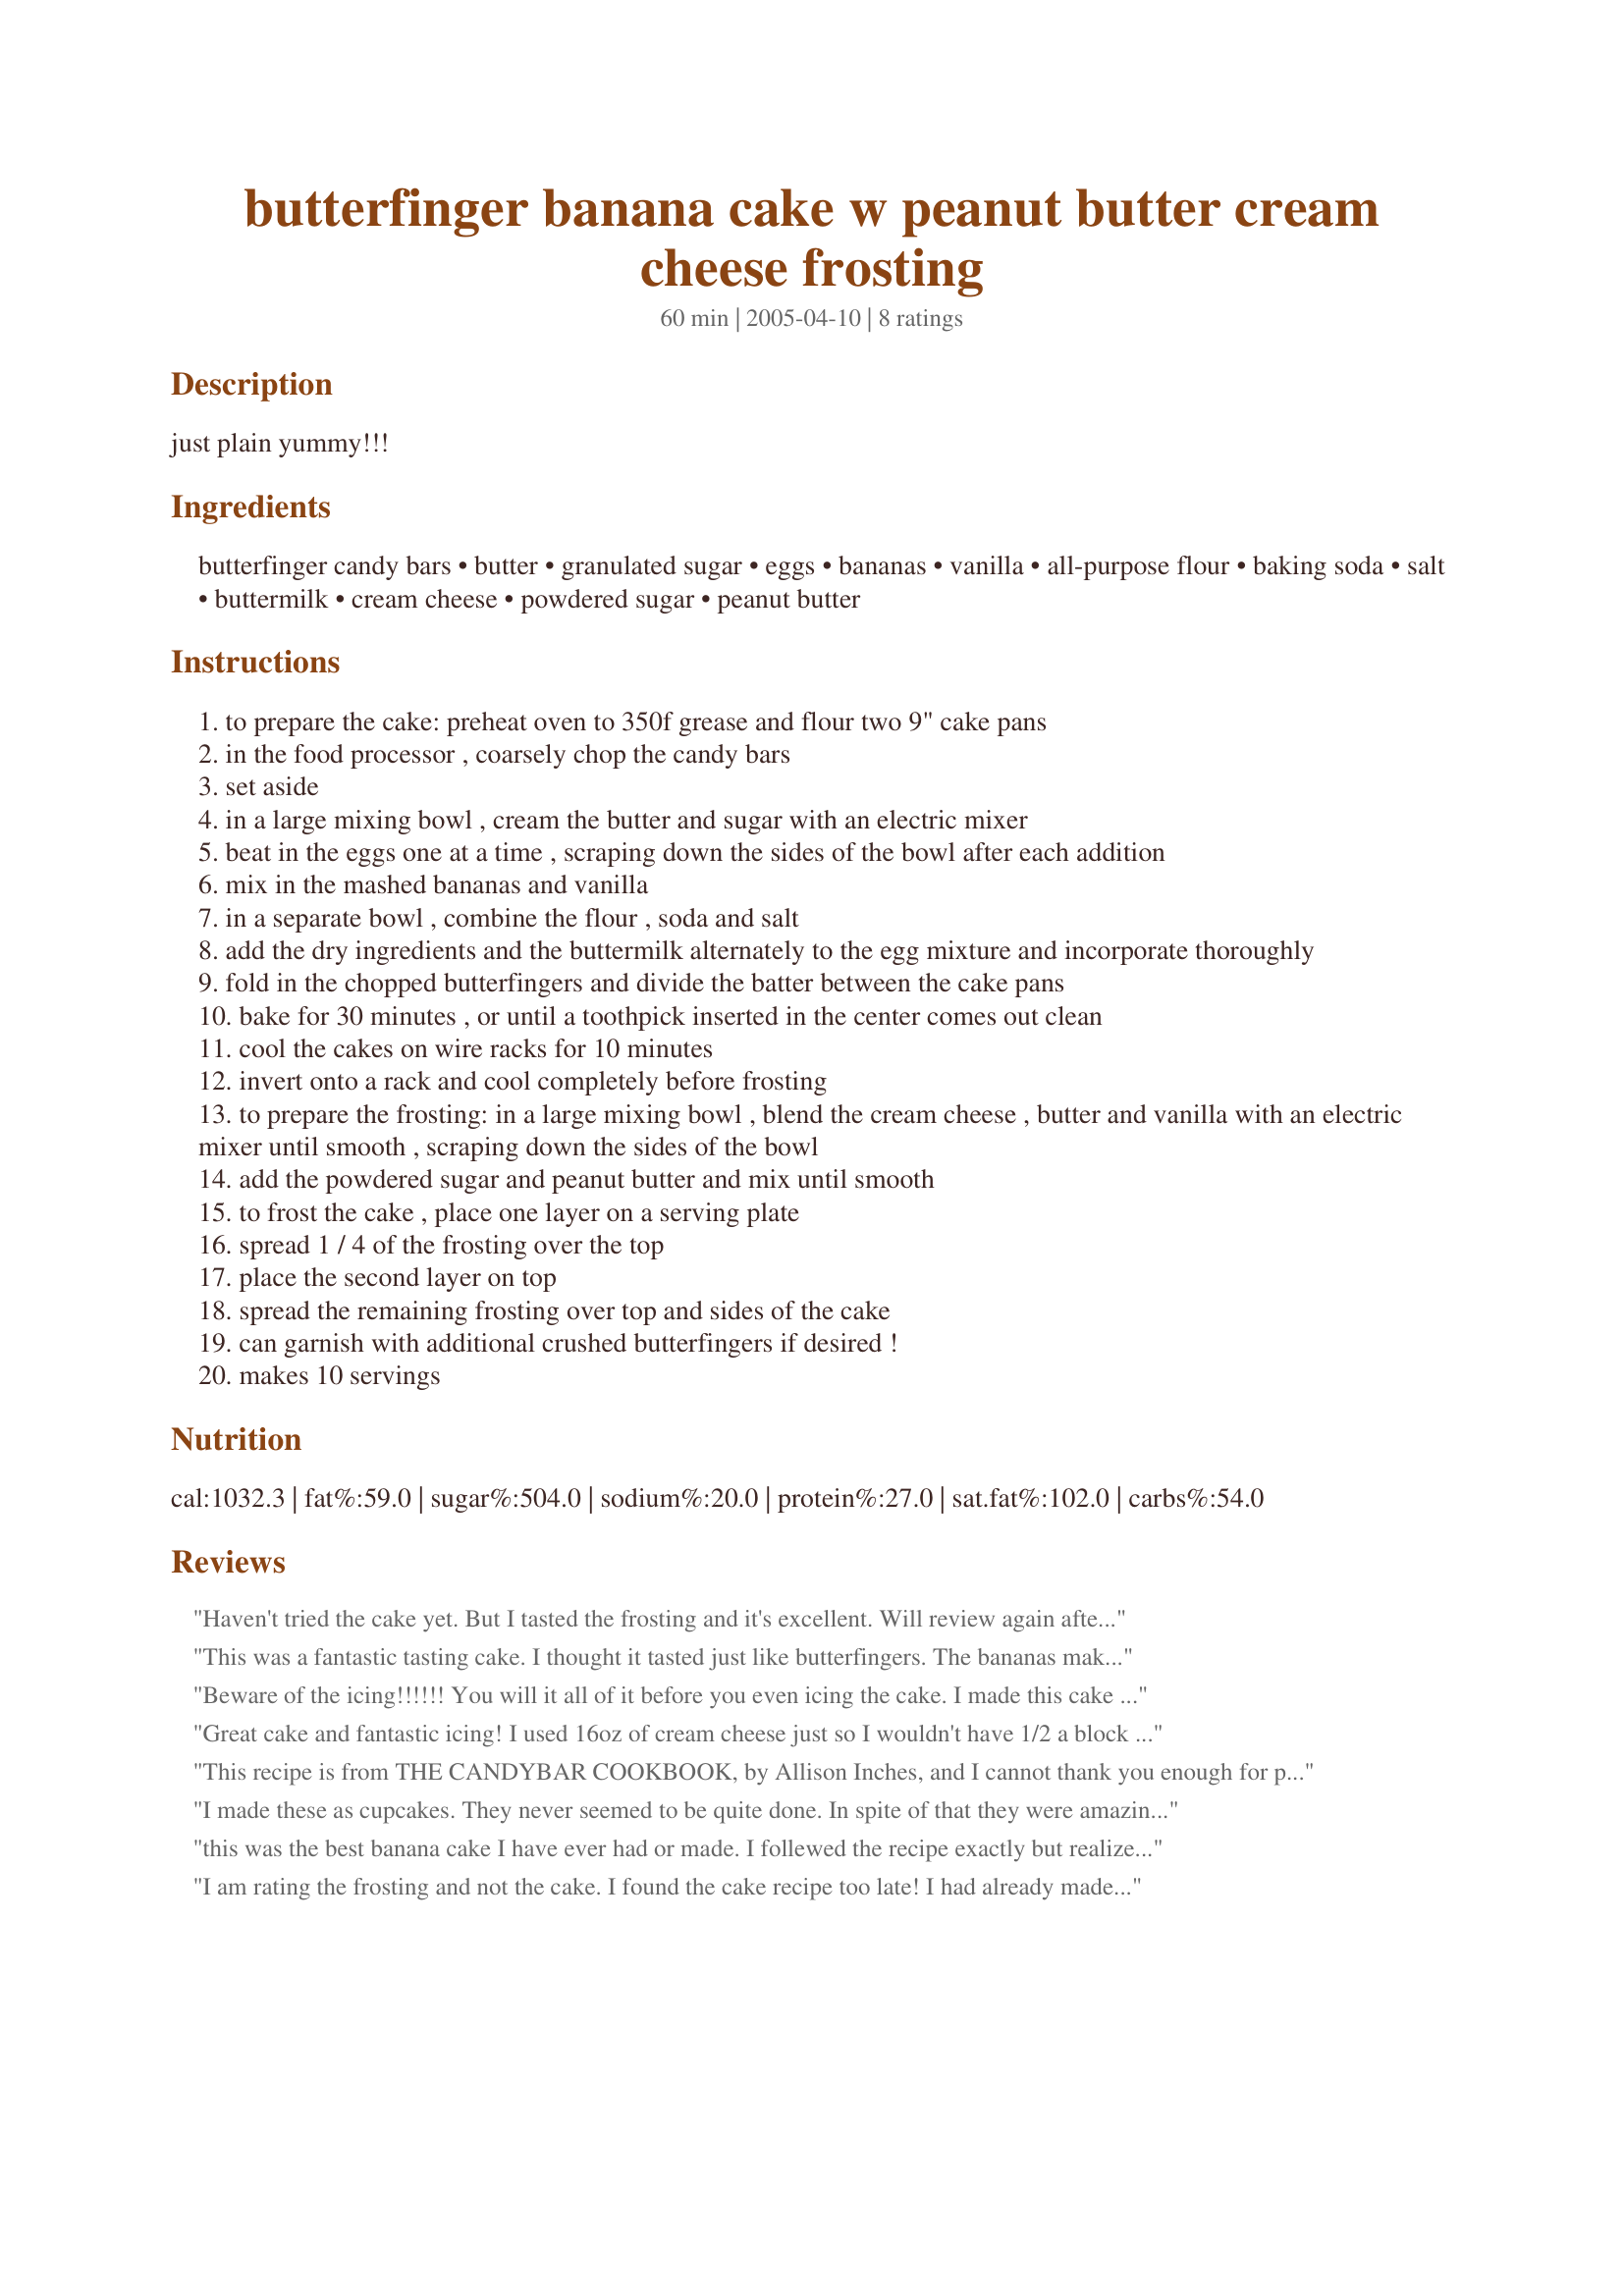
butterfinger banana cake w peanut butter cream cheese frosting
Preparation time: 60 minutes

just plain yummy!!!

Ingredients:
butterfinger candy bars, butter, granulated sugar, eggs, bananas, vanilla, all-purpose flour, baking soda, salt, buttermilk, cream cheese, powdered sugar, peanut butter

Steps:
to prepare the cake: preheat oven to 350f grease and flour two 9" cake pans
in the food processor , coarsely chop the candy bars
set aside
in a large mixing bowl , cream the butter and sugar with an electric mixer
beat in the eggs one at a time , scraping down the sides of the bowl after each addition
mix in the mashed bananas and vanilla
in a separate bowl , combine the flour , soda and salt
add the dry ingredients and the buttermilk alternately to the egg mixture and incorporate thoroughly
fold in the chopped butterfingers and divide the batter between the cake pans
bake for 30 minutes , or until a toothpick inserted in the center comes out clean
cool the cakes on wire racks for 10 minutes
invert onto a rack and cool completely before frosting
to prepare the frosting: in a large mixing bowl , blend the cream cheese , butter and vanilla with an electric mixer until smooth , scraping down the sides of the bowl
add the powdered sugar and peanut butter and mix until smooth
to frost the cake , place one layer on a serving plate
spread 1 / 4 of the frosting over the top
place the second layer on top
spread the remaining frosting over top and sides of the cake
can garnish with additional crushed butterfingers if desired !
makes 10 servings

Reviews:
Haven't tried the cake yet. But I tasted the frosting and it's excellent. Will review again after dessert! Looking forward to it.
This was a fantastic tasting cake. I thought it tasted just like butterfingers. The bananas make it so moist. We liked the texture of it better the next day. The icing is yummy too. Thanks for posting this recipe.
Beware of the icing!!!!!! You will it all of it before you even icing the cake. I made this cake to sell at a local farmers' market today and boy did my customers love it. They thought the name was intriguing and they loved the mixture. I will be making this one often. I did top the icing with the left over butterfingers.
Great cake and fantastic icing! I used 16oz of cream cheese just so I wouldn't have 1/2 a block left over. Loved the flavor of the peanut butter and cream cheese. I couldn't too much taste the butterfinger in the cake but it was still wonderful and had lots of banana flavor. Thanks Wildflour!
This recipe is from THE CANDYBAR COOKBOOK, by Allison Inches, and I cannot thank you enough for posting it here. I had that book years ago and copied recipes out of it. Unfortunately I must have made a mistake when copying because I realized as I was about to make it that something wasn't right. I found the mistake I made, ( I ommited the eggs when I copied it) So happy now that I found the error and I am going to attempt this cake today!
I made these as cupcakes. They never seemed to be quite done. In spite of that they were amazing. The icing is to die for. I will be making these again for sure!
this was the best banana cake I have ever had or made. I follewed the recipe exactly but realized at the last minute that I didnt have quite enough butterfinger, but I put in what I had. I'll defintely make this again, and the frosting really makes the cake!
I am rating the frosting and not the cake. I found the cake recipe too late! I had already made Banana Sour Cream Crumb Cake (97521) - without the crumb topping and was looking for a great frosting. Although surprised at the peanut butter, we decided to try it. Thank heavens we did. It was truly fabulous. Thanks so much for making my cake a hit.
